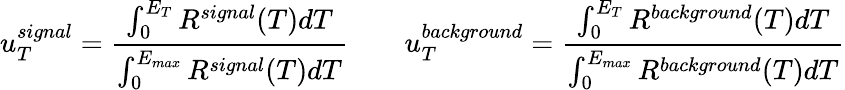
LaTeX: u_{T}^{signal}=\frac{\int_{0}^{E_{T}}R^{signal}(T)dT}{\int_{0}^{E_{max}}R^{signal}(T)dT}\qquad u_{T}^{background}=\frac{\int_{0}^{E_{T}}R^{background}(T)dT}{\int_{0}^{E_{max}}R^{background}(T)dT}